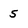
Character: 5